Annual report on the Civil Veterinary Department, Burma (including the Insein Veterinary School) - 1923-1931
Year: 1923
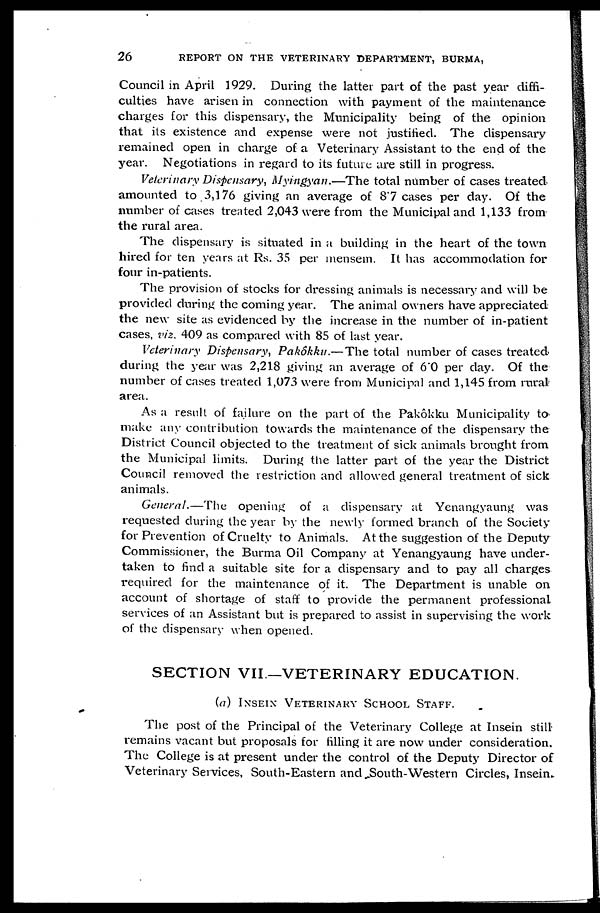
26
REPORT ON THE VETERINARY DEPARTMENT, BURMA,
Council in April 1929. During the latter part of the past year diffi-
culties have arisen in connection with payment of the maintenance
charges for this dispensary, the Municipality being of the opinion
that its existence and expense were not justified. The dispensary
remained open in charge of a Veterinary Assistant to the end of the
year. Negotiations in regard to its future are still in progress.
Veterinary Dispensary, Myingyan.—The total number of cases treated
amounted to 3,176 giving an average of S'7 cases per day. Of the
number of cases treated 2,043 were from the Municipal and 1,133 from
the rural area.
The dispensary is situated in a building in the heart of the town
hired for ten years at Rs. 35 per mensem. It has accommodation for
four in-patients.
The provision of stocks for dressing animals is necessary and will be
provided during the coming year. The animal owners have appreciated
the new site as evidenced by the increase in the number of in-patient
cases, viz. 409 as compared with 85 of last year.
Veterinary Dispensary, Pakôkku.— The total number of cases treated
during the year was 2,218 giving an average of 6.0 per day. Of the
number of cases treated 1,073 were from Municipal and 1,145 from rural
area.
As a result of failure on the part of the Pakôkku Municipality to
make any contribution towards the maintenance of the dispensary the
District Council objected to the treatment of sick animals brought from
the Municipal limits. During the latter part of the year the District
Council removed the restriction and allowed general treatment of sick
animals.
General.—The opening of a dispensary at Yenangyaung was
requested during the year by the newly formed branch of the Society
for Prevention of Cruelty to Animals. At the suggestion of the Deputy
Commissioner, the Burma Oil Company at Yenangyaung have under-
taken to find a suitable site for a dispensary and to pay all charges
required for the maintenance of it. The Department is unable on
account of shortage of staff to provide the permanent professional
services of an Assistant but is prepared to assist in supervising the work
of the dispensary when opened.
SECTION VII.—VETERINARY EDUCATION.
(a) INSEIN VETERINARY SCHOOL STAFF.
The post of the Principal of the Veterinary College at Insein still
remains vacant but proposals for filling it are now under consideration.
The College is at present under the control of the Deputy Director of
Veterinary Services, South-Eastern and South-Western Circles, Insein.